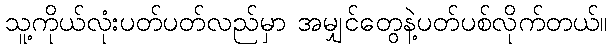
သူ့ကိုယ်လုံးပတ်ပတ်လည်မှာ အမျှင်တွေနဲ့ပတ်ပစ်လိုက်တယ်။